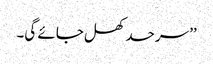
’’سرحد کھل جائے گی۔